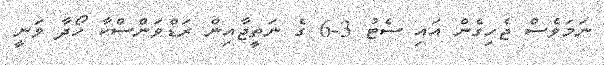
ނަމަވެސް ޖެހިގެން އައި ސެޓު 3-6 ގެ ނަތީޖާއިން ރަޑްވަންސްކާ ހޯދާ ވަނީ